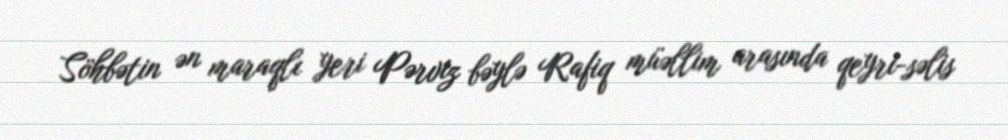
Söhbətin ən maraqlı yeri Pərviz bəylə Rafiq müəllim arasında qeyri-səlis